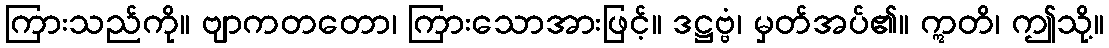
ကြားသည်ကို။ ဗျာကတတော၊ ကြားသောအားဖြင့်။ ဒဋ္ဌဗ္ဗံ၊ မှတ်အပ်၏။ ဣတိ၊ ဤသို့။